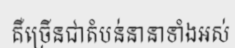
គឺច្រើនជាតំបន់នានាទាំងអស់